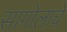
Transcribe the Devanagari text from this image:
सागोलाचे